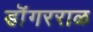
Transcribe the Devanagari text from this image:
डॊंगरराळ